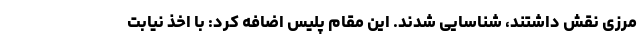
مرزی نقش داشتند، شناسایی شدند. این مقام پلیس اضافه کرد: با اخذ نیابت